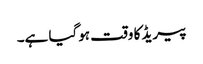
پیریڈ کا وقت ہوگیا ہے۔